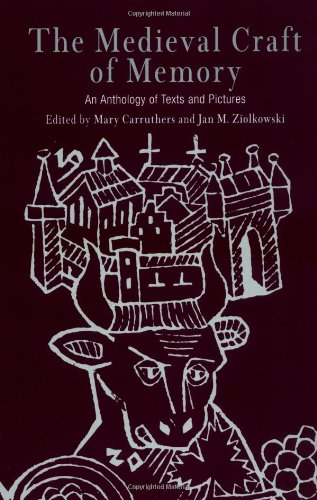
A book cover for The Medieval Craft of Memory: An Anthology of Texts and Pictures (Material Texts); Self-Help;